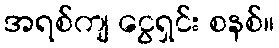
အရစ်ကျ ငွေရှင်း စနစ်။